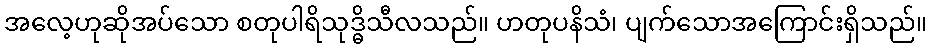
အလေ့ဟုဆိုအပ်သော စတုပါရိသုဒ္ဓိသီလသည်။ ဟတုပနိသံ၊ ပျက်သောအကြောင်းရှိသည်။